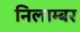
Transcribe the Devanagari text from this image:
निलाम्बर